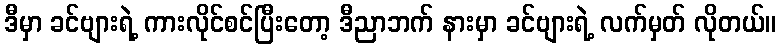
ဒီမှာ ခင်ဗျားရဲ့ ကားလိုင်စင်ပြီးတော့ ဒီညာဘက် နားမှာ ခင်ဗျားရဲ့ လက်မှတ် လိုတယ်။